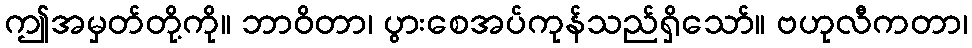
ဤအမှတ်တို့ကို။ ဘာဝိတာ၊ ပွားစေအပ်ကုန်သည်ရှိသော်။ ဗဟုလီကတာ၊